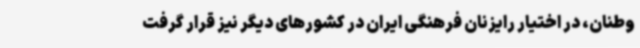
وطنان، در اختیار رایزنان فرهنگی ایران در کشورهای دیگر نیز قرار گرفت